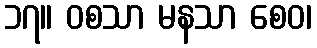
၁၇။ ဝစသာ မနသာ စေဝ၊